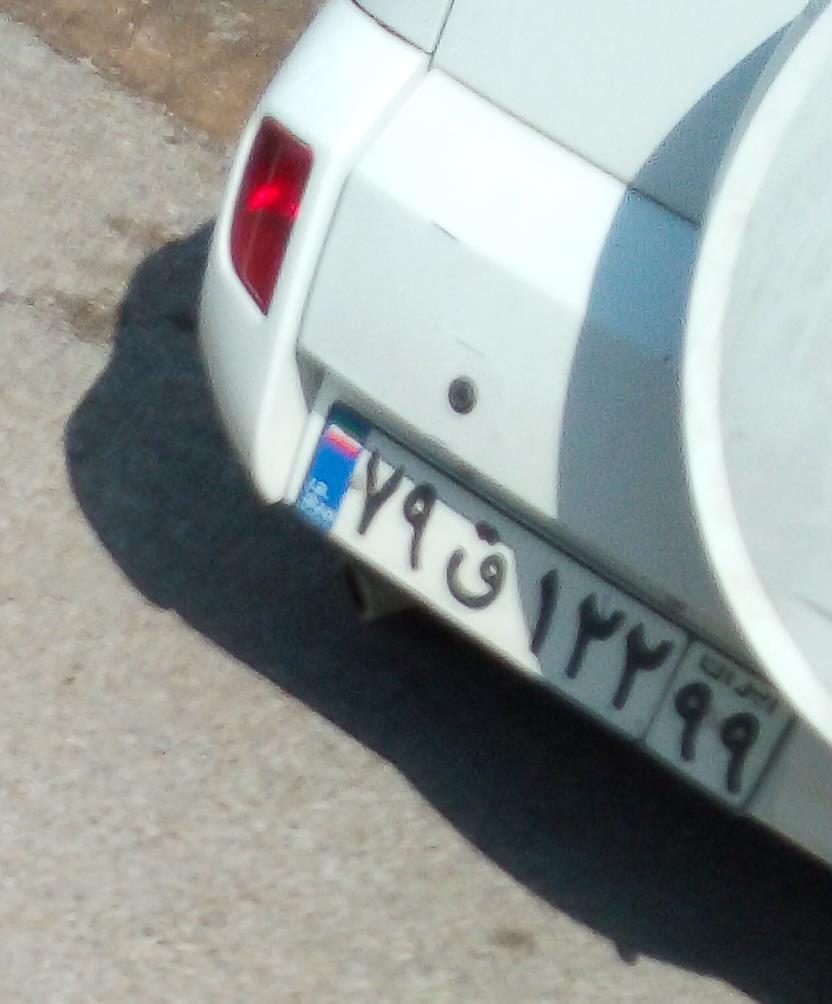
۷۹ق۱۲۲۹۹